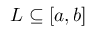
L \subseteq [ a , b ]